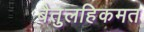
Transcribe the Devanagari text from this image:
बैतुलहिकमत